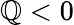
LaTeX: \mathbb{Q}<0